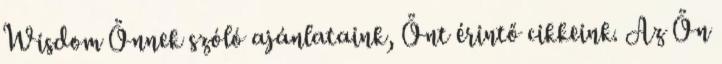
Wisdom Önnek szóló ajánlataink, Önt érintő cikkeink. Az Ön